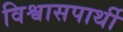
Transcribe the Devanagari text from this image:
विश्वासपार्थी